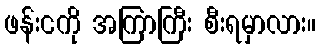
ဖန်းငကို အကြာကြီး စီးရမှာလား။